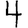
Digit: 4